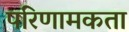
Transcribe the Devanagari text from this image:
परिणामकता